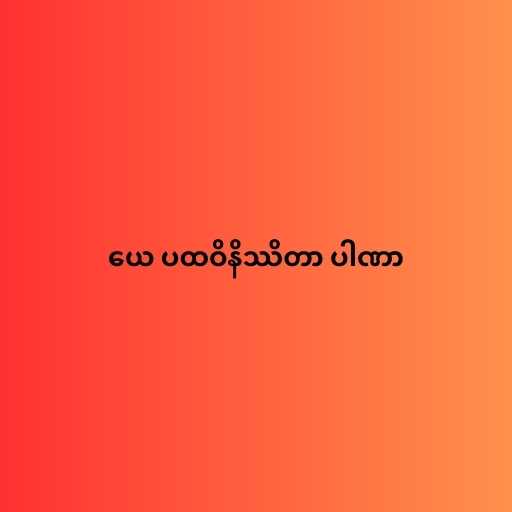
ယေ ပထဝိနိဿိတာ ပါဏာ